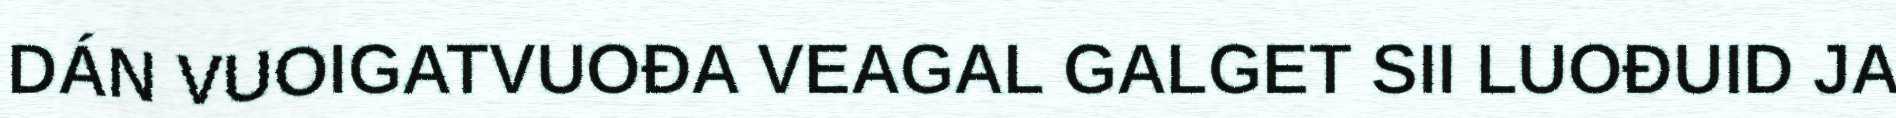
DÁN VUOIGATVUOĐA VEAGAL GALGET SII LUOĐUID JA